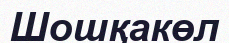
Шошқакөл